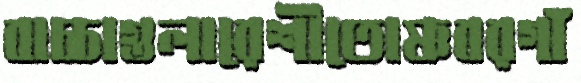
বাচ্চাগুলারেশীতোষ্ণবরগাঁ